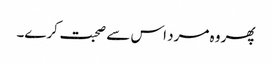
پھر وہ مرد اس سے صحبت کرے۔